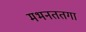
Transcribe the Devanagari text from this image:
मभनततगा